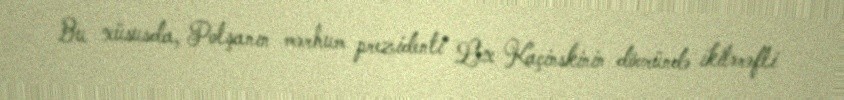
Bu xüsusda, Polşanın mərhum prezidenti Lex Kaçinskinin dövründə ikitərəfli